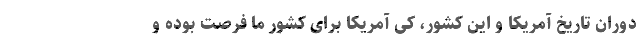
دوران تاریخ آمریکا و این کشور، کی آمریکا برای کشور ما فرصت بوده و